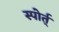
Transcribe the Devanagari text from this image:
स्पोर्त्